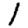
Digit: 1